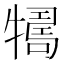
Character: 𤛴